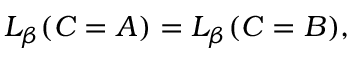
\begin{array} { r } { L _ { \beta } ( C = A ) = L _ { \beta } ( C = B ) , } \end{array}